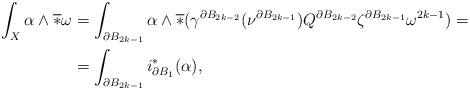
LaTeX: \begin{align*}\int_X\alpha\wedge\overline{*}\omega&=\int_{\partial B_{2k-1}}\alpha\wedge\overline{*}(\gamma^{\partial B_{2k-2}}(\nu^{\partial B_{2k-1}})Q^{\partial B_{2k-2}}\zeta^{\partial B_{2k-1}}\omega^{2k-1})=\\&=\int_{\partial B_{2k-1}}i_{\partial B_1}^*(\alpha),\end{align*}